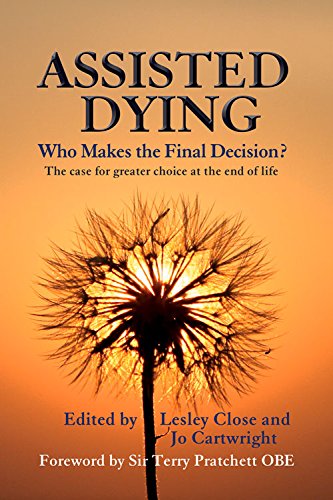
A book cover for Paper Man; Peter Wood; Law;